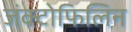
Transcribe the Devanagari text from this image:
जंक्टोफिलिन